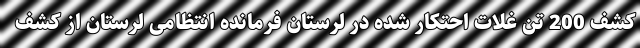
کشف 200 تن غلات احتکار شده در لرستان فرمانده انتظامی لرستان از کشف